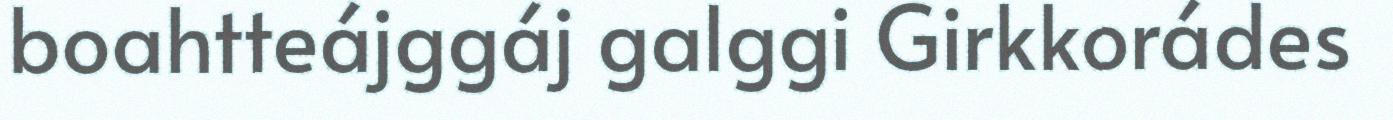
boahtteájggáj galggi Girkkorádes